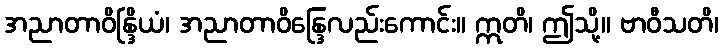
အညာတာဝိန္ဒြိယံ၊ အညာတာဝိန္ဒြေလည်းကောင်း။ ဣတိ၊ ဤသို့။ ဗာဝီသတိ၊